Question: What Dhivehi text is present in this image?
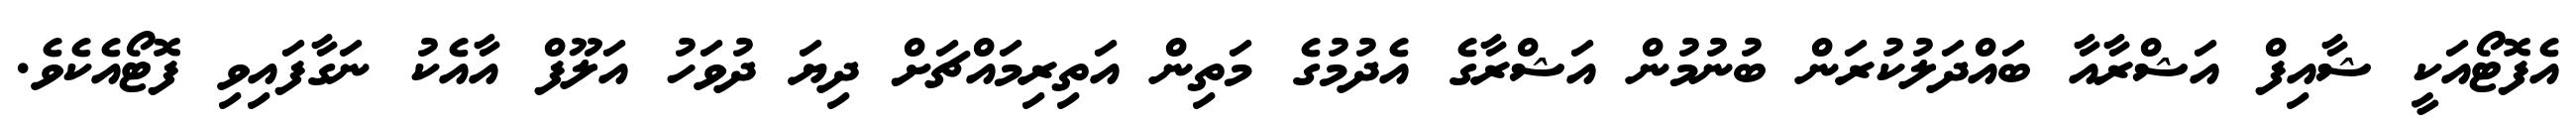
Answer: އެފޮޓޯއަކީ ޝާއިފް އަޝްރާއާ ބައްދަލުކުރަން ބުނުމުން އަޝްރާގެ އެދުމުގެ މަތިން އަތިރިމައްޗަށް ދިޔަ ދުވަހު އަލޫފް އާއެކު ނަގާފައިވި ފޮޓޯއެކެވެ.